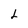
Character: L